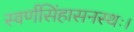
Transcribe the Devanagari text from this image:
स्वर्णसिंहासनस्थः।